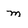
Character: m